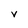
Character: V